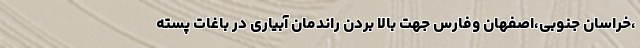
،خراسان جنوبی،اصفهان وفارس جهت بالا بردن راندمان آبیاری در باغات پسته